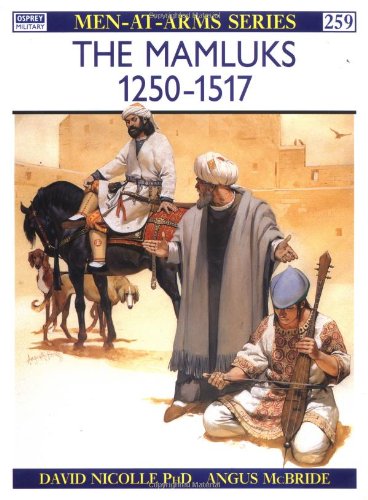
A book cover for The Mamluks 1250-1517 (Men-at-Arms); David Nicolle; History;